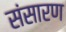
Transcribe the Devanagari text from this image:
संसारण